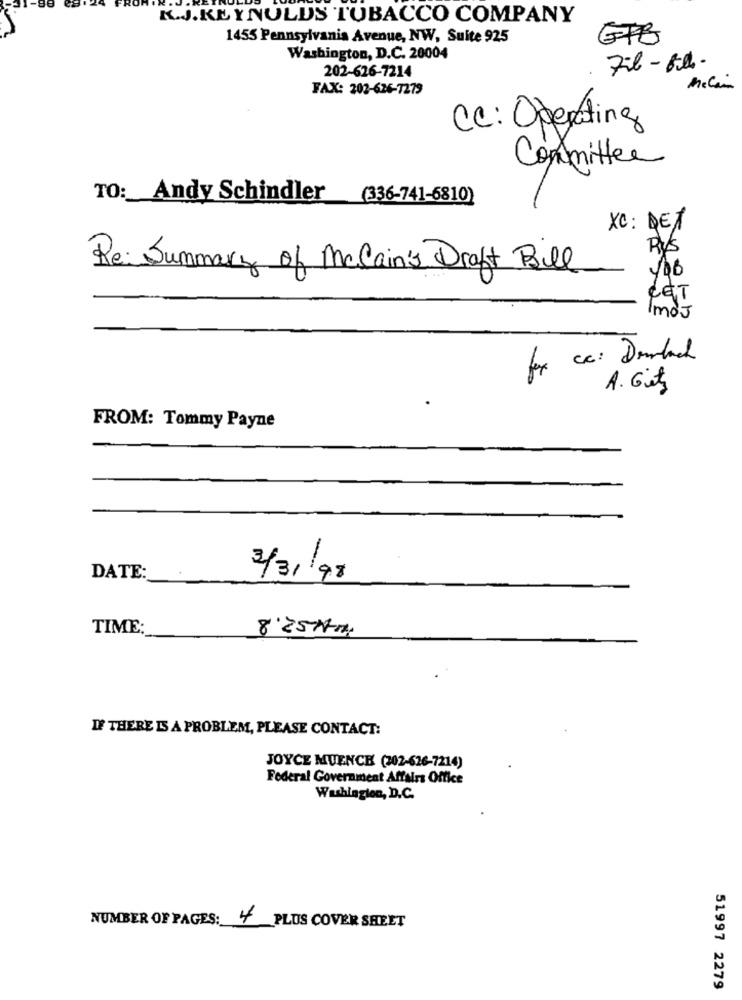
K.J.REYNOLDS TOBACCO COMPANY
1455 Pennsylvania Avenue, NW, Suite 925
GFB
Washington, D.C. 20004
202-626-7214
FAX: 202-626-7279
Mccain
CC: Operating
Committee
TO: Andy Schindler
(336-741-6810)
XC : DET
RUS
Re: Summary of Mccain's Draft Bil
CET
ImoJ
for cc: Dambach
A. Gity
FROM: Tommy Payne
DATE:
3/31/98
TIME:
8:25 Am
IF THERE IS A PROBLEM, PLEASE CONTACT:
JOYCE MUENCE (302-626-7214)
Federal Government Affairs Office
Washington, D.C.
NUMBER OF PAGES: 4 PLUS COVER SHEET
51997 2279